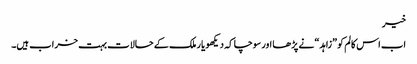
خیر
اب اس کالم کو ”زاہد“ نے پڑھا اور سوچا کہ دیکھو یار ملک کے حالات بہت خراب ہیں۔